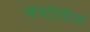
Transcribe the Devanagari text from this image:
बेसोफिल